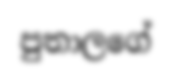
පුතාලගේ